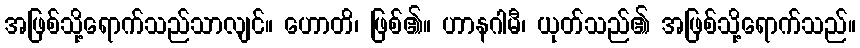
အဖြစ်သို့ရောက်သည်သာလျင်။ ဟောတိ၊ ဖြစ်၏။ ဟာနဂါမီ၊ ယုတ်သည်၏ အဖြစ်သို့ရောက်သည်။